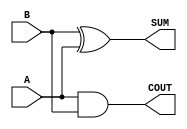
/*
 * Copyright 2020 The SkyWater PDK Authors
 *
 * Licensed under the Apache License, Version 2.0 (the "License");
 * you may not use this file except in compliance with the License.
 * You may obtain a copy of the License at
 *
 *     https://www.apache.org/licenses/LICENSE-2.0
 *
 * Unless required by applicable law or agreed to in writing, software
 * distributed under the License is distributed on an "AS IS" BASIS,
 * WITHOUT WARRANTIES OR CONDITIONS OF ANY KIND, either express or implied.
 * See the License for the specific language governing permissions and
 * limitations under the License.
 *
 * SPDX-License-Identifier: Apache-2.0
*/


`ifndef SKY130_FD_SC_MS__HA_FUNCTIONAL_V
`define SKY130_FD_SC_MS__HA_FUNCTIONAL_V

/**
 * ha: Half adder.
 *
 * Verilog simulation functional model.
 */

`timescale 1ns / 1ps
`default_nettype none

`celldefine
module sky130_fd_sc_ms__ha (
    COUT,
    SUM ,
    A   ,
    B
);

    // Module ports
    output COUT;
    output SUM ;
    input  A   ;
    input  B   ;

    // Local signals
    wire and0_out_COUT;
    wire xor0_out_SUM ;

    //  Name  Output         Other arguments
    and and0 (and0_out_COUT, A, B           );
    buf buf0 (COUT         , and0_out_COUT  );
    xor xor0 (xor0_out_SUM , B, A           );
    buf buf1 (SUM          , xor0_out_SUM   );

endmodule
`endcelldefine

`default_nettype wire
`endif  // SKY130_FD_SC_MS__HA_FUNCTIONAL_V